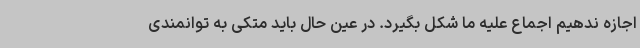
اجازه ندهیم اجماع علیه ما شکل بگیرد. در عین حال باید متکی به توانمندی